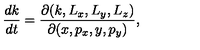
{ \frac { d k } { d t } } = { \frac { \partial ( k , L _ { x } , L _ { y } , L _ { z } ) } { \partial ( x , p _ { x } , y , p _ { y } ) } } ,